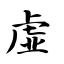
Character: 虚